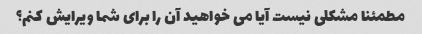
مطمئنا مشکلی نیست آیا می خواهید آن را برای شما ویرایش کنم؟